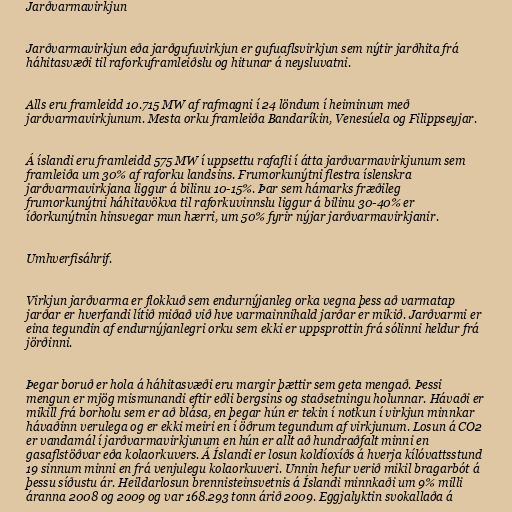
Jarðvarmavirkjun

Jarðvarmavirkjun eða jarðgufuvirkjun er gufuaflsvirkjun sem nýtir jarðhita frá
háhitasvæði til raforkuframleiðslu og hitunar á neysluvatni.

Alls eru framleidd 10.715 MW af rafmagni í 24 löndum í heiminum með
jarðvarmavirkjunum. Mesta orku framleiða Bandaríkin, Venesúela og Filippseyjar.

Á íslandi eru framleidd 575 MW í uppsettu rafafli í átta jarðvarmavirkjunum sem
framleiða um 30% af raforku landsins. Frumorkunýtni flestra íslenskra
jarðvarmavirkjana liggur á bilinu 10-15%. Þar sem hámarks fræðileg
frumorkunýtni háhitavökva til raforkuvinnslu liggur á bilinu 30-40% er
íðorkunýtnin hinsvegar mun hærri, um 50% fyrir nýjar jarðvarmavirkjanir.

Umhverfisáhrif.

Virkjun jarðvarma er flokkuð sem endurnýjanleg orka vegna þess að varmatap
jarðar er hverfandi lítið miðað við hve varmainnihald jarðar er mikið. Jarðvarmi er
eina tegundin af endurnýjanlegri orku sem ekki er uppsprottin frá sólinni heldur frá
jörðinni.

Þegar boruð er hola á háhitasvæði eru margir þættir sem geta mengað. Þessi
mengun er mjög mismunandi eftir eðli bergsins og staðsetningu holunnar. Hávaði er
mikill frá borholu sem er að blása, en þegar hún er tekin í notkun í virkjun minnkar
hávaðinn verulega og er ekki meiri en í öðrum tegundum af virkjunum. Losun á CO2
er vandamál í jarðvarmavirkjunum en hún er allt að hundraðfalt minni en
gasaflstöðvar eða kolaorkuvers. Á Íslandi er losun koldíoxíðs á hverja kílóvattsstund
19 sinnum minni en frá venjulegu kolaorkuveri. Unnin hefur verið mikil bragarbót á
þessu síðustu ár. Heildarlosun brennisteinsvetnis á Íslandi minnkaði um 9% milli
áranna 2008 og 2009 og var 168.293 tonn árið 2009. Eggjalyktin svokallaða á